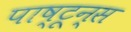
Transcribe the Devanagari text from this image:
पाष्टून्स